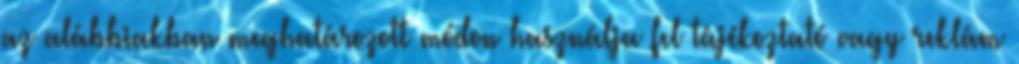
az alábbiakban meghatározott módon használja fel tájékoztató vagy reklám